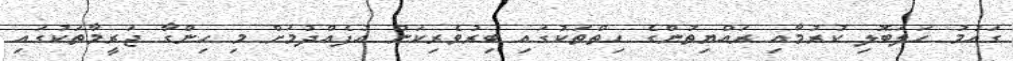
ގައުމު ހަލަބޮލި ކުރުމާއި ރައްޔިތުންގެ ހިތްތަކުގައި ބިރުވެރިކަން އުފެއްދުމަށް މި ހިންގާ ޖަރީމާތަކުގައި